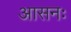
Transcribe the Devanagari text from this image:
आसनः